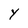
Character: Y